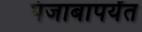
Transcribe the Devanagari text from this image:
पंजाबापर्यंत